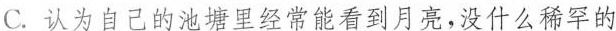
C.认为自己的池塘里经常能看到月亮，没什么稀罕的